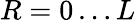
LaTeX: R=0\ldots L